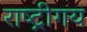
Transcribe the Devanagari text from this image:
राष्ट्रीगय